Indian journal of veterinary science and animal husbandry - Volume 6,
Year: 1936
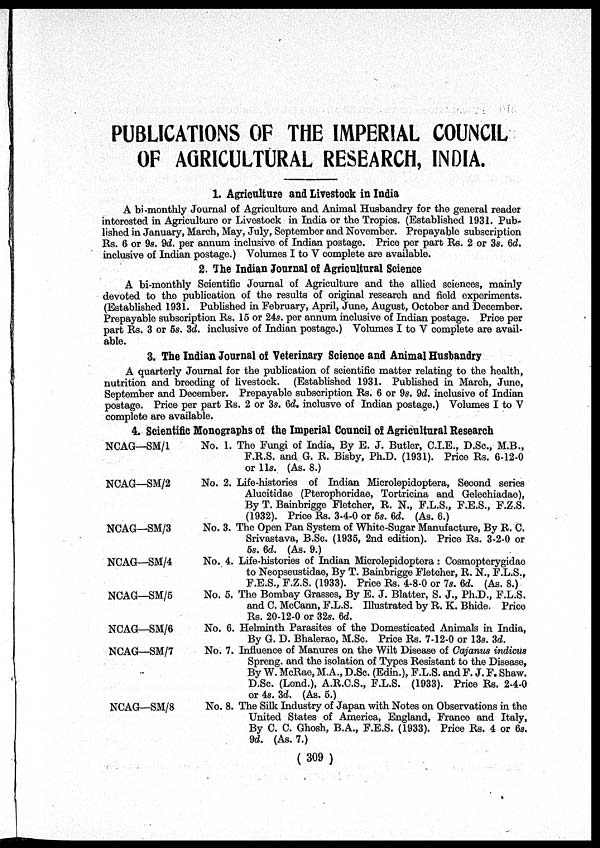
PUBLICATIONS OF THE IMPERIAL COUNCIL
OF AGRICULTURAL RESEARCH, INDIA.
1. Agriculture and Livestock in India
A bi-monthly Journal of Agriculture and Animal Husbandry for the general reader
interested in Agriculture or Livestock in India or the Tropics. (Established 1931. Pub¬
lished in January, March, May, July, September and November. Prepayable subscription
Rs. 6 or 9s. 9d. per annum inclusive of Indian postage. Price per part Rs. 2 or 3s. 6d.
inclusive of Indian postage.) Volumes I to V complete are available.
2. The Indian Journal of Agricultural Science
A bi-monthly Scientific Journal of Agriculture and the allied sciences, mainly
devoted to the publication of the results of original research and field experiments.
(Established 1931. Published in February, April, June, August, October and December.
Prepayable subscription Rs. 15 or 24s. per annum inclusive of Indian postage. Price per
part Rs. 3 or 5s. 3d. inclusive of Indian postage.) Volumes I to V complete are avail-
able.
3. The Indian Journal of Veterinary Science and Animal Husbandry
A quarterly Journal for the publication of scientific matter relating to the health,
nutrition and breeding of livestock. (Established 1931. Published in March, June,
September and December. Prepayable subscription Rs. 6 or 9s. 9d. inclusive of Indian
postage. Price per part Rs. 2 or 3s. 6d. inclusve of Indian postage.) Volumes I to V
complete are available.
4. Scientific Monographs of the Imperial Council of Agricultural Research
NCAG—SM/1
NCAG—SM/2
NCAG—SM/3
NCAG—SM/4
NCAG—SM/5
NCAG—SM/6
NCAG—SM/7
NCAG—SM/8
No. 1.
No. 2.
No. 3.
No. 4.
No. 5.
No. 6.
No. 7.
No. 8.
The Fungi of India, By E. J. Butler, C.I.E., D.Sc., M.B.,
F.R.S. and G. R. Bisby, Ph.D. (1931). Price Rs. 6-12-0
or 11s. (As. 8.)
Life-histories of Indian Microlepidoptera, Second series
Alucitidae (Pterophoridae, Tortricina and Gelechiadae),
By T. Bainbrigge Fletcher, R. N., F.L.S., F.E.S., F.Z.S.
(1932). Price Rs. 3-4-0 or 5s. 6d. (As. 6.)
The Open Pan System of White-Sugar Manufacture, By R. C.
Srivastava, B.Sc. (1935, 2nd edition). Price Rs. 3-2-0 or
5s. 6d. (As. 9.)
Life-histories of Indian Microlepidoptera : Cosmopterygidae
to Neopseustidae, By T. Bainbrigge Fletcher, R. N., F.L.S.,
F.E.S., F.Z.S. (1933). Price Rs. 4-8-0 or 7s. 6d. (As. 8.)
The Bombay Grasses, By E. J. Blatter, S. J., Ph.D., F.L.S.
and C. McCann, F.L.S. Illustrated by R. K. Bhide. Price
Rs. 20-12-0 or 32s. 6d.
Helminth Parasites of the Domesticated Animals in India,
By G. D. Bhalerao, M.Sc. Price Rs. 7-12-0 or 13s. 3d.
Influence of Manures on the Wilt Disease of Cajanus indicus
Spreng. and the isolation of Types Resistant to the Disease,
By W. McRae, M.A., D.Sc. (Edin.), F.L.S. and F. J. F. Shaw.
D.Sc. (Lond.), A.R.C.S., F.L.S. (1933). Price Rs. 2-4-0
or 4s. 3d. (As. 5.)
The Silk Industry of Japan with Notes on Observations in the
United States of America, England, France and Italy,
By C. C. Ghosh, B.A., F.E.S. (1933). Price Rs. 4 or 6s.
9d. (As. 7.)
( 309 )